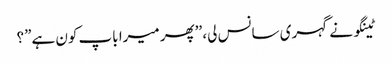
ٹینگو نے گہری سانس لی، ’’پھر میرا باپ کون ہے”؟